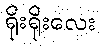
ရိုးရိုးလေး